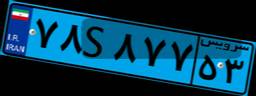
۴۶S۶۹۷۸۴